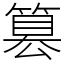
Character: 篡